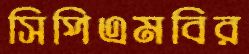
সিপিএমবির